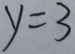
y = 3